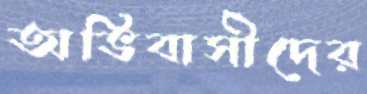
অভিবাসীদের